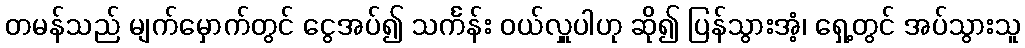
တမန်သည် မျက်မှောက်တွင် ငွေအပ်၍ သင်္ကန်း ဝယ်လှူပါဟု ဆို၍ ပြန်သွားအံ့၊ ရှေ့တွင် အပ်သွားသူ